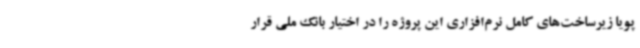
پویا زیرساخت‌های کامل نرم‌افزاری این پروژه را در اختیار بانک ملی قرار